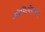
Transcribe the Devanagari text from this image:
ओमित्येकाक्षरं